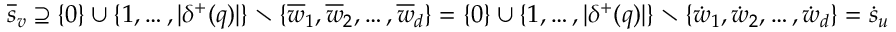
\overline { { s } } _ { v } \supseteq \{ 0 \} \cup \{ 1 , \dots , | \delta ^ { + } ( q ) | \} \setminus \{ \overline { { w } } _ { 1 } , \overline { { w } } _ { 2 } , \dots , \overline { { w } } _ { d } \} = \{ 0 \} \cup \{ 1 , \dots , | \delta ^ { + } ( q ) | \} \setminus \{ \dot { w } _ { 1 } , \dot { w } _ { 2 } , \dots , \dot { w } _ { d } \} = \dot { s } _ { u }